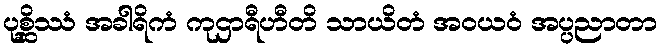
ပုစ္ဆိဿံ အခါရိကံ ကုဌာရီဟီတိ သာယိတံ အဝယဝံ အပ္ပညာတာ